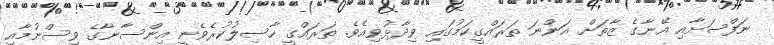
ނަފްސަށާއި އޭނާގެ ޒާތަށް އަންނަ ތަރައްގީކަމުގައި ވިދާޅުވިއެވެ. ތަރައްގީ ހާސިލުކުރެވެނީ އިންސާނާގެ ވިސްނުމާއި